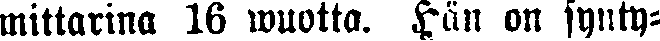
mittarina 16 wuotta. Hän on synty-